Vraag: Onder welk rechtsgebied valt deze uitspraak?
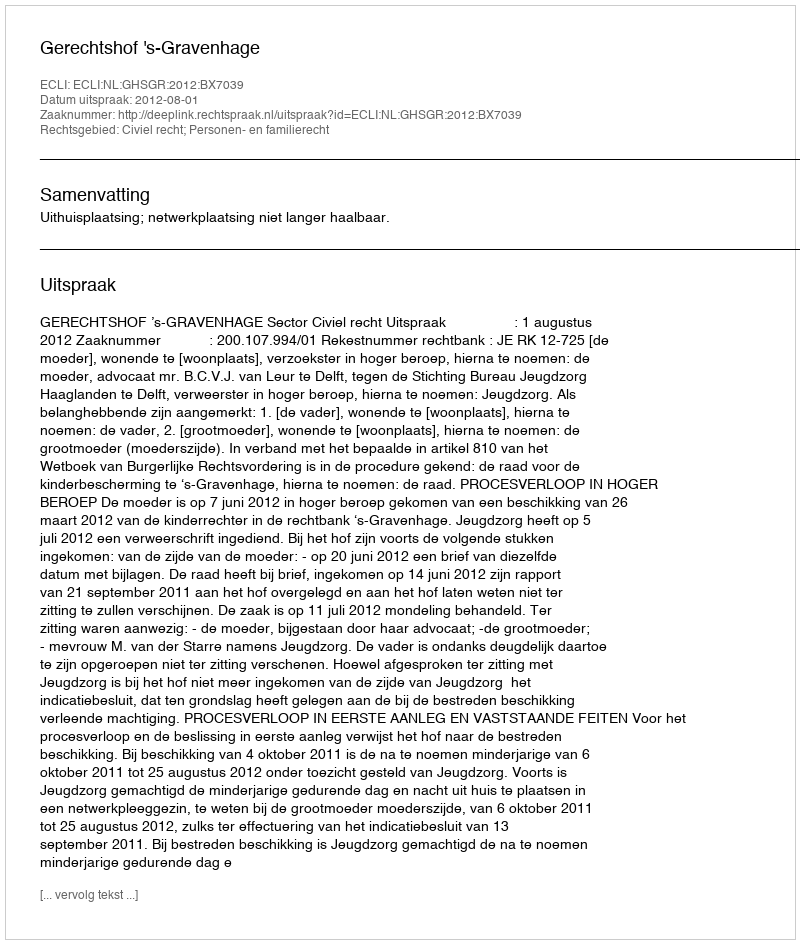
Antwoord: Civiel recht; Personen- en familierecht